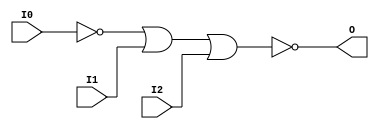
// $Header: /devl/xcs/repo/env/Databases/CAEInterfaces/verunilibs/data/unisims/NOR3B1.v,v 1.5.158.1 2007/03/09 18:13:10 patrickp Exp $
///////////////////////////////////////////////////////////////////////////////
// Copyright (c) 1995/2004 Xilinx, Inc.
// All Right Reserved.
///////////////////////////////////////////////////////////////////////////////
//   ____  ____
//  /   /\/   /
// /___/  \  /    Vendor : Xilinx
// \   \   \/     Version : 8.1i (I.13)
//  \   \         Description : Xilinx Functional Simulation Library Component
//  /   /                  3-input NOR Gate
// /___/   /\     Filename : NOR3B1.v
// \   \  /  \    Timestamp : Thu Mar 25 16:42:58 PST 2004
//  \___\/\___\
//
// Revision:
//    03/23/04 - Initial version.
// End Revision

`timescale  100 ps / 10 ps


module NOR3B1 (O, I0, I1, I2);

    output O;

    input  I0, I1, I2;

    not N0 (i0_inv, I0);
    nor O1 (O, i0_inv, I1, I2);


endmodule